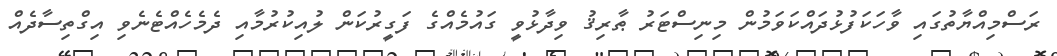
ރަސްމިއްޔާތުގައި ވާހަކަފުޅުދައްކަވަމުން މިނިސްޓަރު ޠާރިޤު ވިދާޅުވީ ގައުމެއްގެ ފަގީރުކަން ލުއިކުރުމާއި ދެމެހެއްޓެނެވި އިގްތިސާދެއް